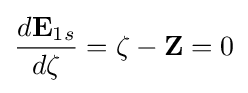
{\frac {d\mathbf {E} _{1s}}{d\zeta }}=\zeta -\mathbf {Z} =0